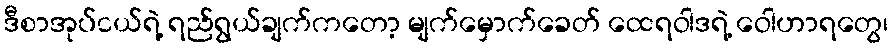
ဒီစာအုပ်ငယ်ရဲ့ ရည်ရွယ်ချက်ကတော့ မျက်မှောက်ခေတ် ထေရဝါဒရဲ့ ဝေါဟာရတွေ၊